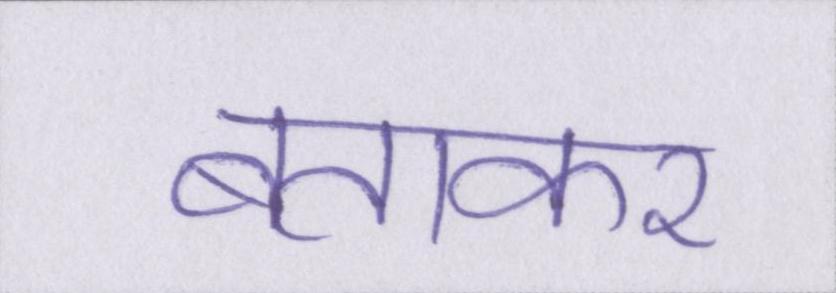
बताकर